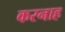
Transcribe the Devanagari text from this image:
करनाह